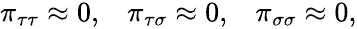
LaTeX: \begin{array}{ccc}{{\pi_{\tau\tau}\approx 0,}}&{{\pi_{\tau\sigma}\approx 0,}}&{{\pi_{\sigma\sigma}\approx 0,}}\end{array}